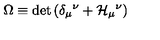
{ \Omega } \equiv \det { \left( \delta _ { \mu } { } ^ { \nu } + { \cal H } _ { \mu } { } ^ { \nu } \right) }